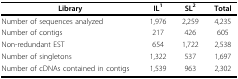
<table><thead><tr><td><b>Library</b></td><td><b>IL<sup>1</sup></b></td><td><b>SL<sup>2</sup></b></td><td><b>Total</b></td></tr></thead><tbody><tr><td>Number of sequences analyzed</td><td>1,976</td><td>2,259</td><td>4,235</td></tr><tr><td>Number of contigs</td><td>217</td><td>426</td><td>605</td></tr><tr><td>Non-redundant EST</td><td>654</td><td>1,722</td><td>2,538</td></tr><tr><td>Number of singletons</td><td>1,322</td><td>537</td><td>1,697</td></tr><tr><td>Number of cDNAs contained in contigs</td><td>1,539</td><td>963</td><td>2,302</td></tr></tbody></table>